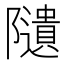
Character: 𨽟